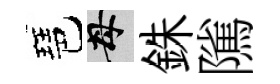
琶母銖隲